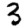
Digit: 3